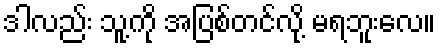
ဒါလည်း သူ့ကို အပြစ်တင်လို့ မရဘူးလေ။